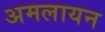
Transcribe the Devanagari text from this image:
अमलायन